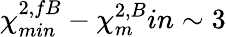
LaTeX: \chi_{min}^{2,fB}-\chi_{m}^{2,B}in\sim 3